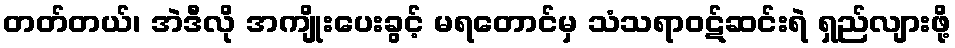
တတ်တယ်၊ အဲဒီလို အကျိုးပေးခွင့် မရတောင်မှ သံသရာဝဋ်ဆင်းရဲ ရှည်လျားဖို့